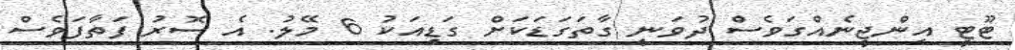
ޓޫޓީ އިންޖީނެއްގަވެސް ދުވަނީ ގާތަގަޑަކަށް ގަޑިއަކު 6 މޭލު. އެ ސޮރު ފަތާފަވެސް